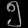
Digit: ၅